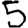
Digit: 5